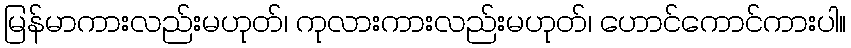
မြန်မာကားလည်းမဟုတ်၊ ကုလားကားလည်းမဟုတ်၊ ဟောင်ကောင်ကားပါ။